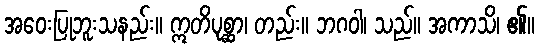
အဝေးပြုဘူးသနည်း။ ဣတိပုစ္ဆာ၊ တည်း။ ဘဂဝါ၊ သည်။ အကာသိ၊ ၏။